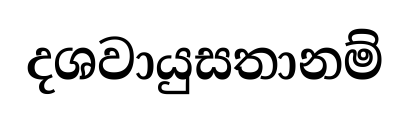
දශවායුසතානම්